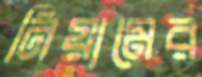
নিয়ামের